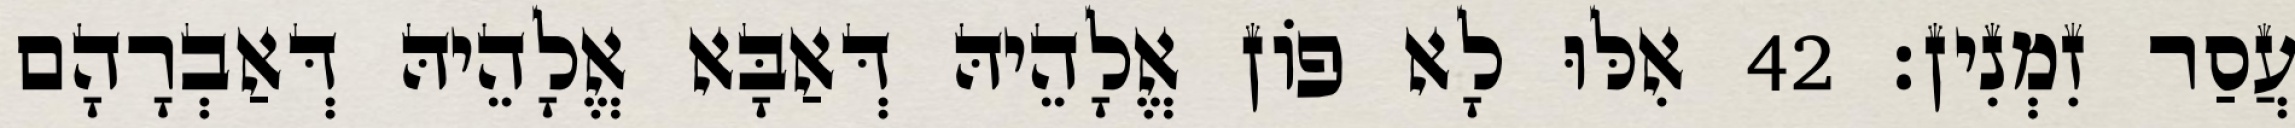
עֲסַר זִמְנִין׃ 42 אִלּוּ לָא פוֹן אֱלָהֵיהּ דְּאַבָּא אֱלָהֵיהּ דְּאַבְרָהָם